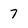
Character: 7